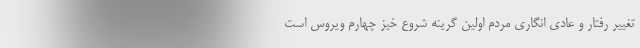
تغییر رفتار و عادی انگاری مردم اولین گرینه شروع خیز چهارم ویروس است